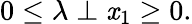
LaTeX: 0\leq\lambda\perp\mathit{x}_{1}\geq0.